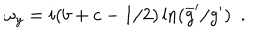
\omega _ { y } = i ( b + c - 1 / 2 ) \ln ( \overline { { { g } } } ^ { \prime } / g ^ { \prime } ) ~ ~ .